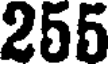
255